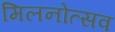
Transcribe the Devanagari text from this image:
मिलनोत्सव